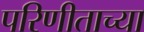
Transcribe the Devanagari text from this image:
परिणीताच्या